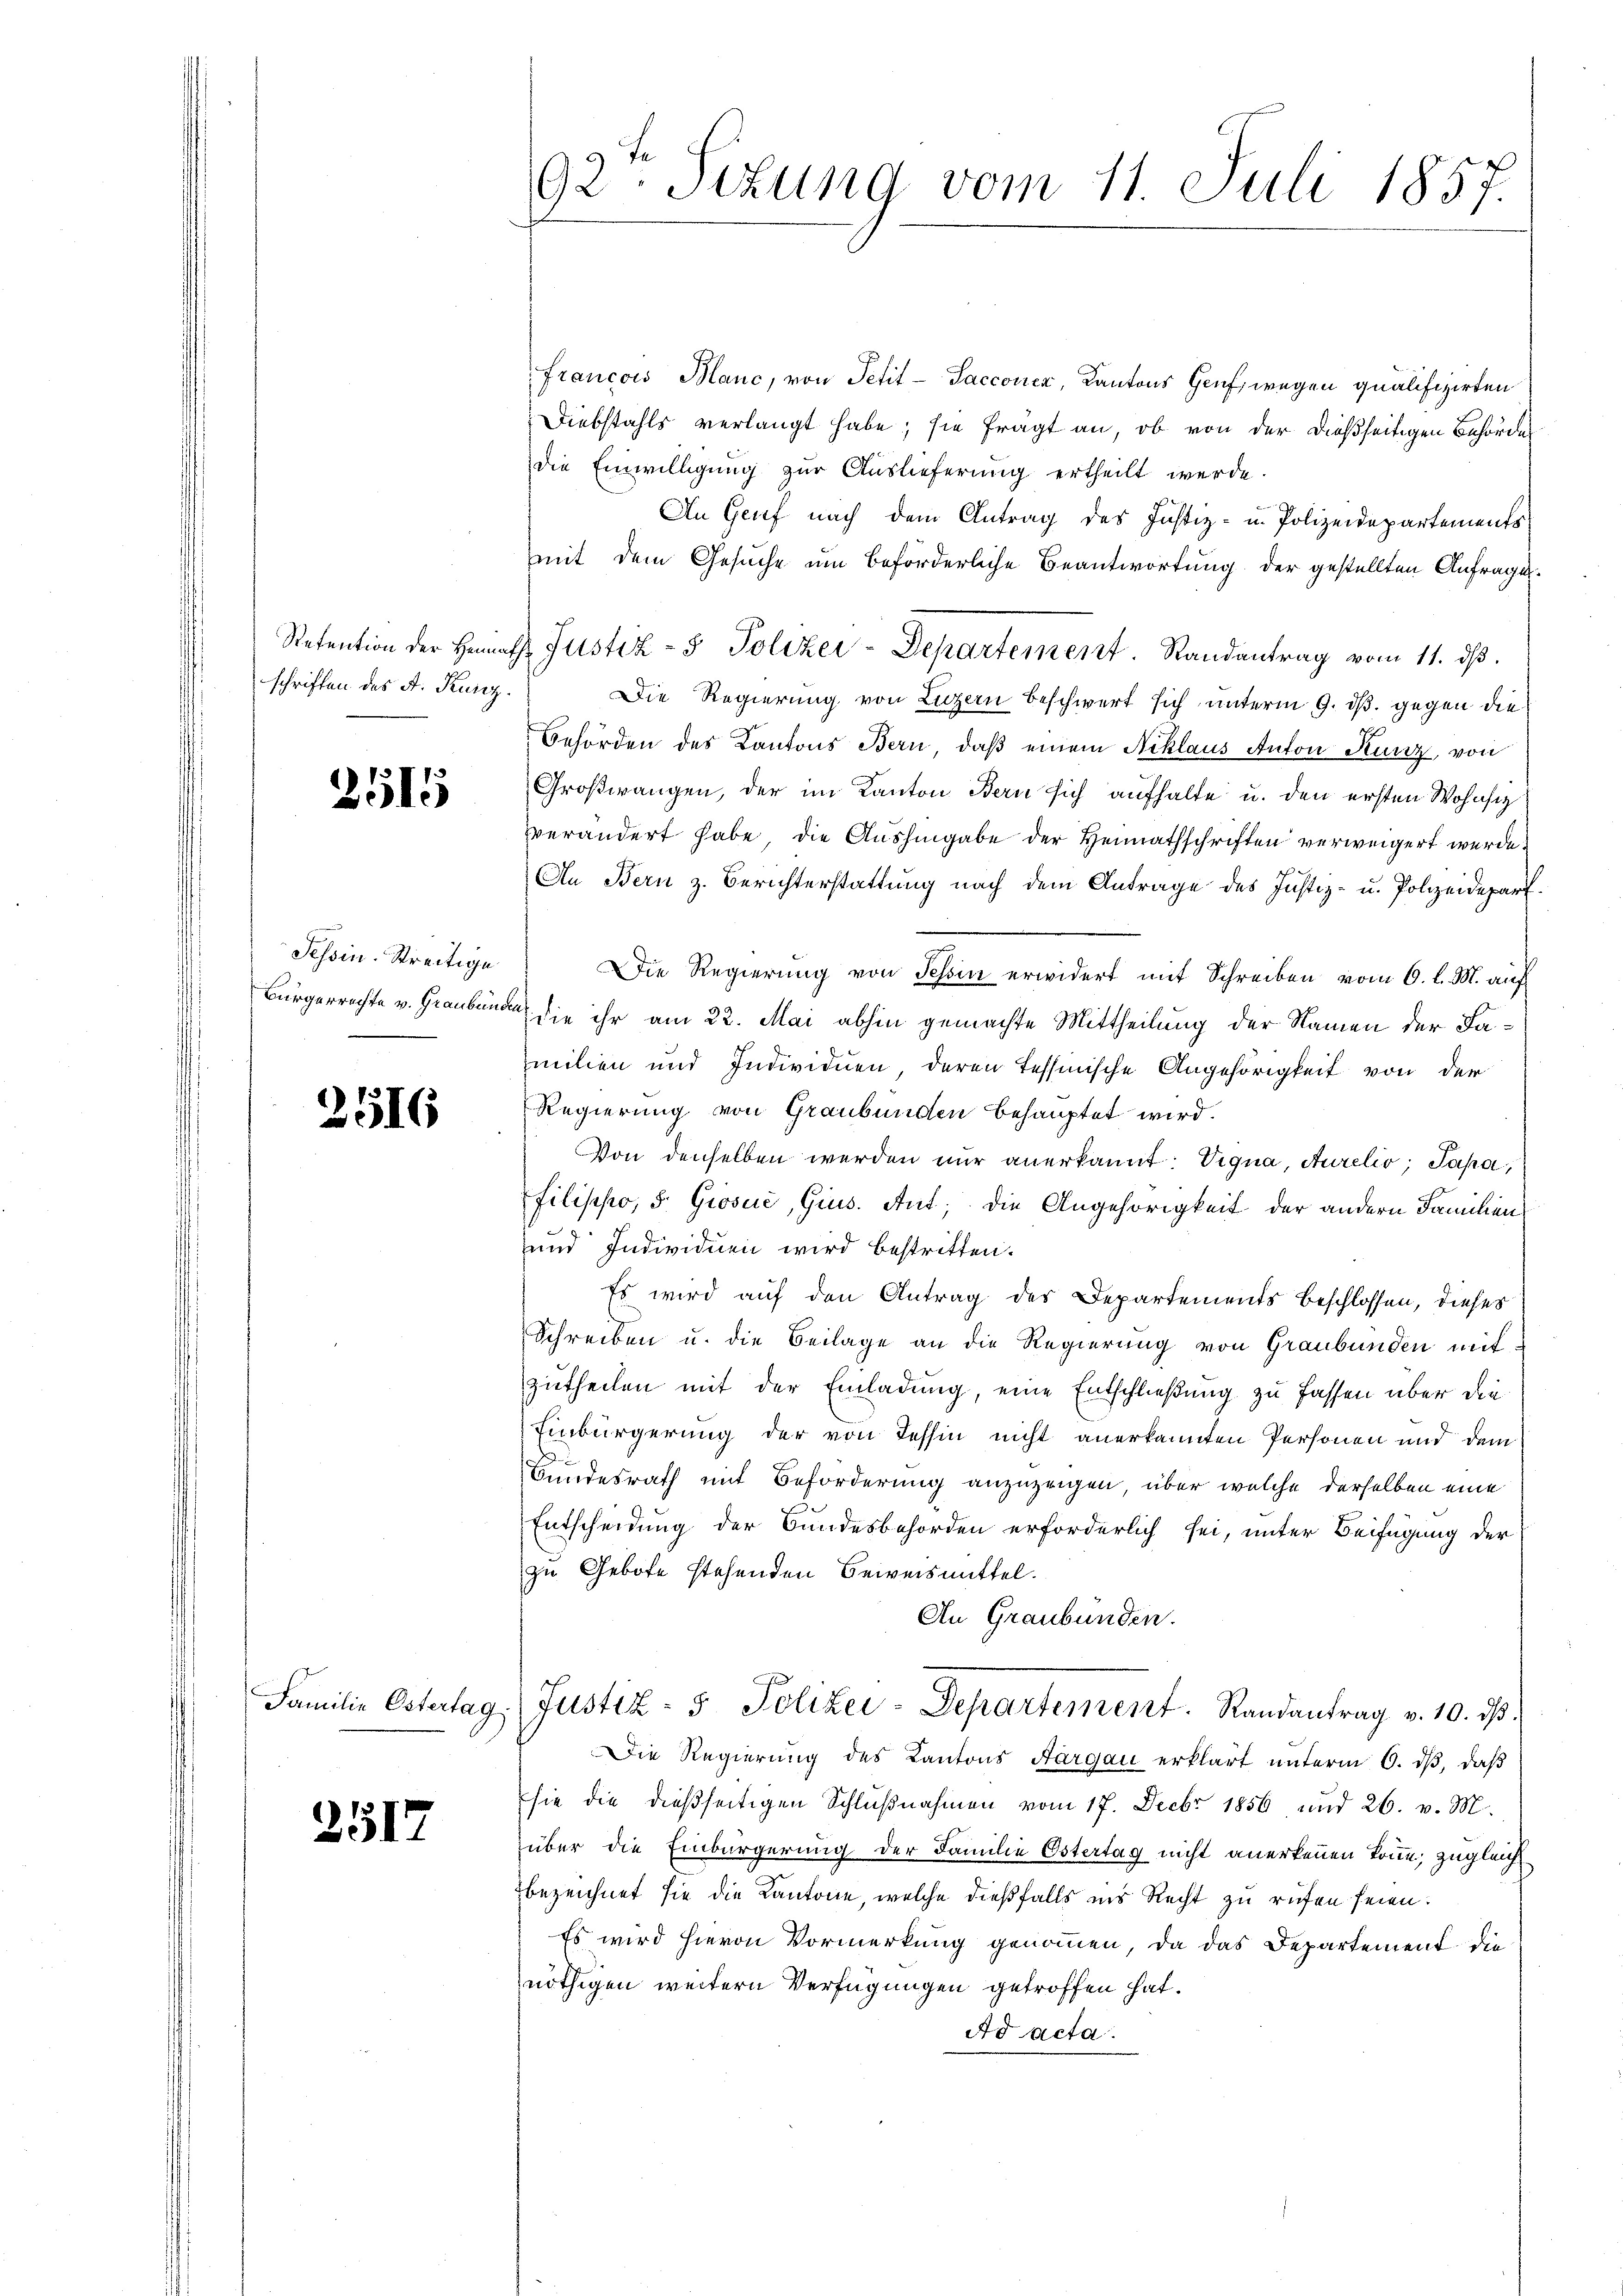
schriften des A. Kurz.

2515

Pehoin. Streitige
Bürgerrechte v. Graubün¬

2516

2517

92. Sekung vom 11. Juli 1857.

Francois Manc, von Petit-Saccoucz, Kantons Genf, wegen qualifizirten
Diebstahls verlangt habe; sie frägt an, ob von der dießseitigen Behörde
die Einwilligung zur Auslieferung ertheilt werde.
An Genf nach dem Antrag des Justiz- u. Polizeidepartements
mit dem Gesuche um beförderliche Beantwortung der gestellten Anfrage.
Retention der Heimath Justiz- & Polizei-Departement. Randantrag vom 11. dβ.
Die Regierung von Luzern beschwert sich unterm 9. ds. gegen die
Behörden des Kantons Bern, daß einem Niklaus Anton Kunz, von
Großwangen, der im Kanton Bern sich aufhalte u. den ersten Wohnsiz
verändert habe, die Aushingabe der Heimathschriften verweigert werde
An Bern z. Berichterstattung nach dem Antrage des Justiz- u. Polizeidepart.
Die Regierung von Tessin erwidert mit Schreiben vom 6. l. M. auf
da die ihr am 22. Mai abhin gemachte Mittheilung der Namen der Familien und Individuen, deren Tessinische Angehörigkeit von der
Regierung von Graubünden behauptet wird.
Von denselben werden nur anerkannt: Vigna, Aurelio, Papa,
filischo, 5. Grosić, Grus. Aut; die Angehörigkeit der andern Familien
und Individuen wird bestritten.
Es wird auf den Antrag des Departements beschlossen, dieses
Schreiben u. die Beilage an die Regierung von Graubünden mit
zutheilen mit der Einladung, eine Entschließung zu fassen über die
Einbürgerung der von Tessin nicht anerkannten Personen und dem
Bundesrath mit Beförderung anzuzeigen, über welche derselben eine
s
Entscheidung der Bundesbehörden erforderlich sei, unter Beifügung der
zu Gebote stehenden Beweismittel.
An Graubünden.
Familie Estertag. Justiz- & Polizei-Departement. Randantrag v. 10. ds.
Die Regierung des Kantons Aargau erklärt unterm 6. dß, daß
sie die dießseitigen Schlußnahmen vom 17. Decbr 1856 und 26. v. M.
über die Einbürgerung der Familie Östertag nicht anerkennen könne; zugleich
bezeichnet sie die Kantone, welche dießfalls ins Recht zu rufen seien.
Es wird hievon Vormerkung genommen, da das Departement die
nöthigen weitern Verfügungen getroffen hat.
Ad acta.